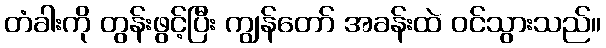
တံခါးကို တွန်းဖွင့်ပြီး ကျွန်တော် အခန်းထဲ ဝင်သွားသည်။